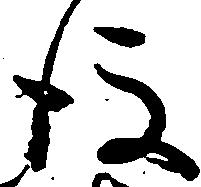
後